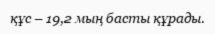
құс – 19,2 мың басты құрады.